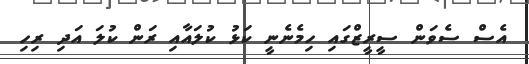
އެސް ސެވަން ސީރީޒްގައި ހިމެނެނީ ކަޅު ކުލައާއި ރަން ކުލަ އަދި ރިހި